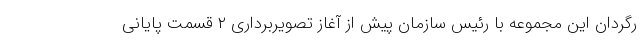
رگردان این مجموعه با رئیس سازمان پیش از آغاز تصویربرداری ۲ قسمت پایانی